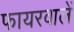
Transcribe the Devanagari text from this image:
फायरवालें